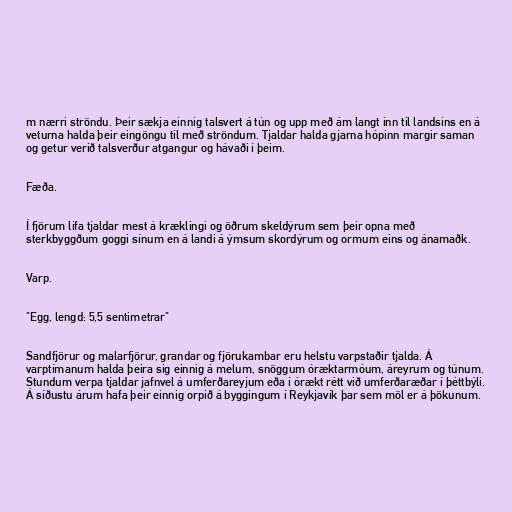
m nærri ströndu. Þeir sækja einnig talsvert á tún og upp með ám langt inn til landsins en á
veturna halda þeir eingöngu til með ströndum. Tjaldar halda gjarna hópinn margir saman
og getur verið talsverður atgangur og hávaði í þeim.

Fæða.

Í fjörum lifa tjaldar mest á kræklingi og öðrum skeldýrum sem þeir opna með
sterkbyggðum goggi sínum en á landi á ýmsum skordýrum og ormum eins og ánamaðk.

Varp.

"Egg, lengd: 5,5 sentimetrar"

Sandfjörur og malarfjörur, grandar og fjörukambar eru helstu varpstaðir tjalda. Á
varptímanum halda þeira sig einnig á melum, snöggum óræktarmóum, áreyrum og túnum.
Stundum verpa tjaldar jafnvel á umferðareyjum eða í órækt rétt við umferðaræðar í þéttbýli.
Á síðustu árum hafa þeir einnig orpið á byggingum í Reykjavík þar sem möl er á þökunum.